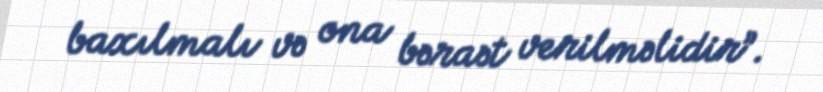
baxılmalı və ona bəraət verilməlidir”.